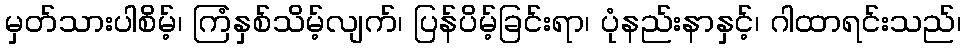
မှတ်သားပါစိမ့်၊ ကြံနှစ်သိမ့်လျက်၊ ပြန်ပိမ့်ခြင်းရာ၊ ပုံနည်းနာနှင့်၊ ဂါထာရင်းသည်၊